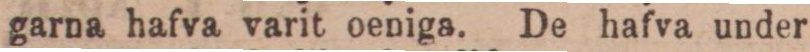
garna hafva varit oeniga. De hafva under